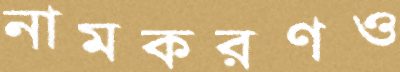
নামকরণও